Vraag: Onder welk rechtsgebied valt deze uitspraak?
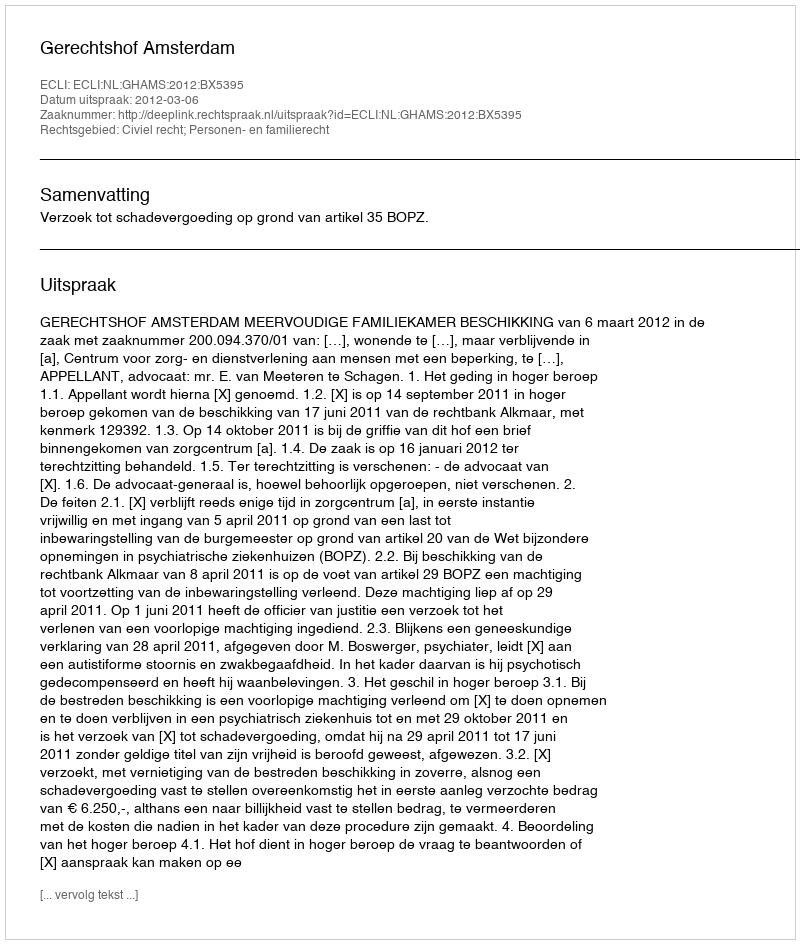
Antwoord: Civiel recht; Personen- en familierecht